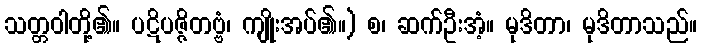
သတ္တဝါတို့၏။ ပဋိပဇ္ဇိတဗ္ဗံ၊ ကျိုးအပ်၏။) စ၊ ဆက်ဦးအံ့။ မုဒိတာ၊ မုဒိတာသည်။